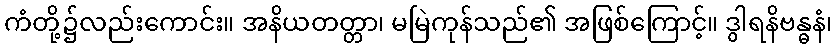
ကံတို့၌လည်းကောင်း။ အနိယတတ္တာ၊ မမြဲကုန်သည်၏ အဖြစ်ကြောင့်။ ဒွါရနိဗန္ဓနံ၊